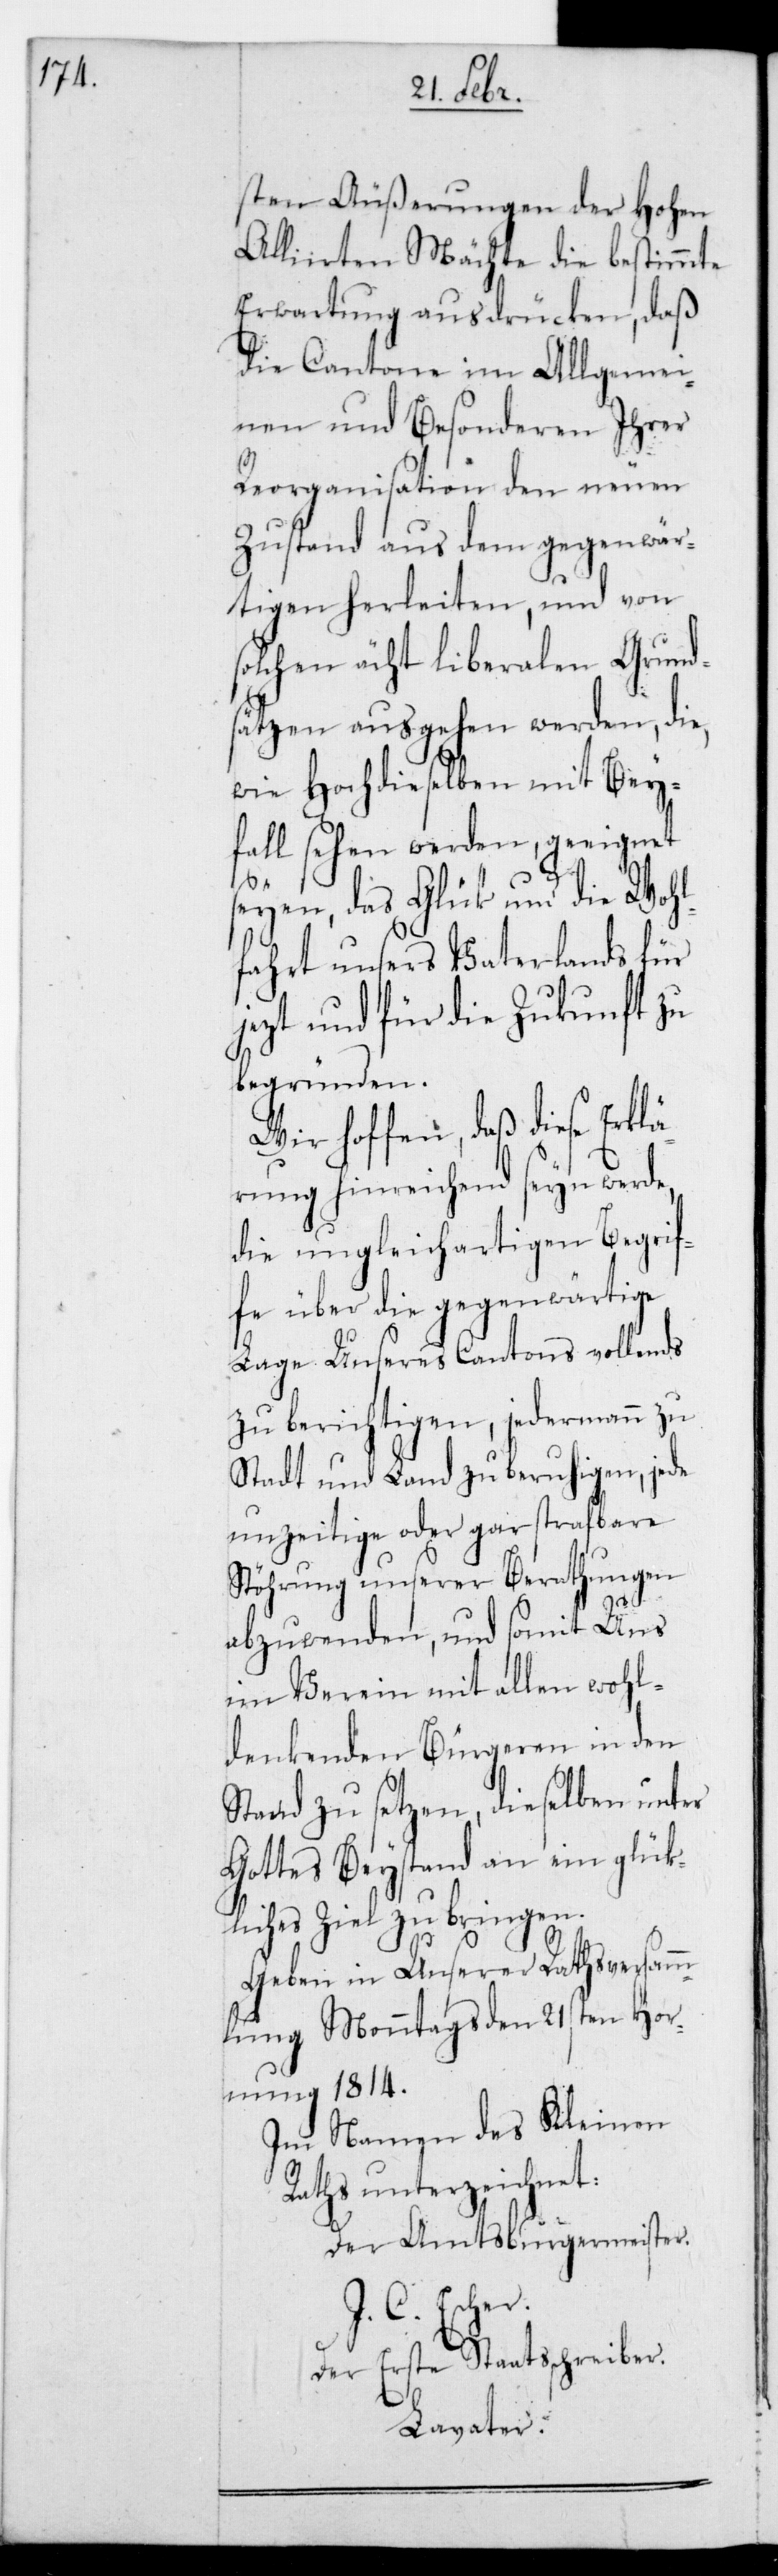
sten Äußerungen der Hohen
Alliierten Mächte die bestimmte
Erwartung ausdrücken, daß
die Cantone im Allgemei¬
nen und Besonderen ihrer
Reorganisation den neuen
Zustand aus dem Gegenwär¬
tigen herleiten, und von
solchen echt liberalen Grund¬
sätzen ausgehen werden, die
wie Hochdieselben mit Bey¬
fall sehen werden, geeignet
seyen, das Glück und die Wohl¬
fahrt unsers Vaterlands für
jetzt und für die Zukunft zu
begründen.
Wir hoffen, daß diese Erklä¬
rung hinreichend sein werde,
die ungleichartigen Begrif¬
fe über die gegenwärtige
Lage unseres Cantons vollends
zu berichtigen, jedermann zu
Stadt und Land zu beruhigen, jede
unzeitige oder gar strafbare
Störung unserer Berathungen
abzuwenden und somit uns
im Verein mit allen wohl¬
denkenden Bürgeren in den
Stand zu setzen, dieselben unter
Gottes Beystand an ein glück¬
liches Ziel zu bringen.
Geben in unserer Rathsversamm¬
lung, Montags den 21sten Hor¬
nung 1814.
Im Namen des Kleinen
Raths unterzeichnet:
Der Amtsburgermeister.
J. C. Escher.
Der Erste Staatsschreiber.
Lavater.